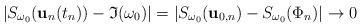
LaTeX: \begin{align*}|S_{\omega_0} ({\bf u}_{n}(t_n)) - \mathfrak{I}(\omega_0)|=| S_{\omega_0} ({\bf u}_{0,n})- S_{\omega_0} (\Phi_n) |\to 0 \end{align*}